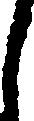
し